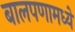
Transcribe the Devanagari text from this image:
बालपणामध्ये